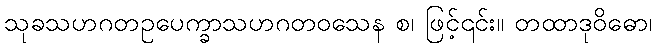
သုခသဟဂတဥပေက္ခာသဟဂတဝသေန စ၊ ဖြင့်၎င်း။ တထာဒုဝိဓော၊